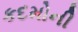
કદમોની